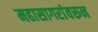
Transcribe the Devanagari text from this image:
महासागरांवरून